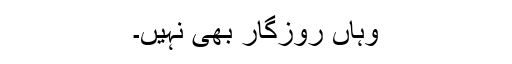
وہاں روزگار بھی نہیں۔